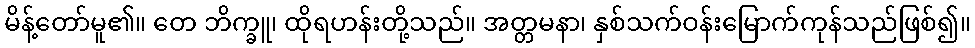
မိန့်တော်မူ၏။ တေ ဘိက္ခူ၊ ထိုရဟန်းတို့သည်။ အတ္တမနာ၊ နှစ်သက်ဝန်းမြောက်ကုန်သည်ဖြစ်၍။